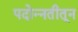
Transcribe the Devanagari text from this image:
पदोन्नतीतून